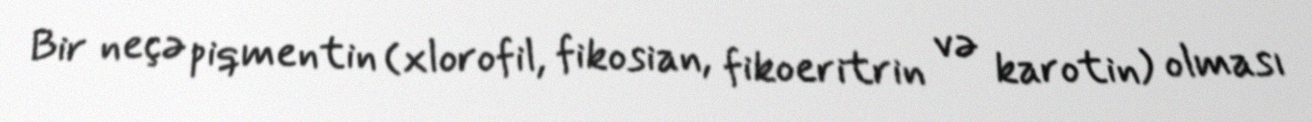
Bir neçə piqmentin (xlorofil, fikosian, fikoeritrin və karotin) olması